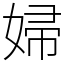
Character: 婦